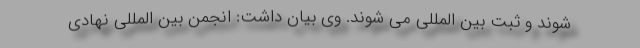
شوند و ثبت بین المللی می شوند. وی بیان داشت: انجمن بین المللی نهادی